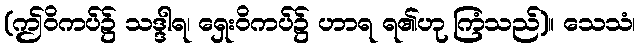
(ဤဝိကပ်၌ သဒ္ဒါရ၊ ရှေးဝိကပ်၌ ဟာရ ရ၏ဟု ကြံသည်)။ သေသံ၊